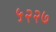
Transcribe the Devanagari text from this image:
५२२७